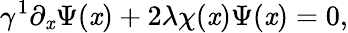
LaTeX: \gamma^{1}\partial_{\mathit{x}}\Psi(\mathit{x})+2\lambda\chi(\mathit{x})\Psi(\mathit{x})=0,